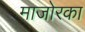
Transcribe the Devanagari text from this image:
माजोरका